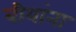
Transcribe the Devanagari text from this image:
बीयांना